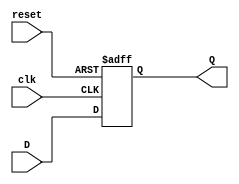
`timescale 1ns / 1ps
//////////////////////////////////////////////////////////////////////////////////
// Company: 
// Engineer: 
// 
// Design Name: 
// Module Name: reg_1_bit
// Project Name: 
// Target Devices: 
// Tool Versions: 
// Description: 
// 
// Dependencies: 
// 
// Revision:
// Revision 0.01 - File Created
// Additional Comments:
// 
//////////////////////////////////////////////////////////////////////////////////


module reg_1_bit (reset, clk, D, Q);
input reset;
input clk;
 // Allow N to be changed
input D;
output Q;
reg Q;

always @(posedge clk or negedge reset)
if (~reset)
  Q = 0; 
else
  Q = D;
endmodule // regN